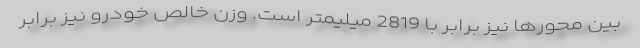
بین محورها نیز برابر با 2819 میلیمتر است. وزن خالص خودرو نیز برابر